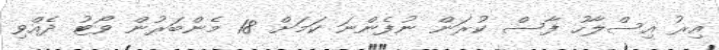
އިރު އިސްލާހު ފާސް ކުރަން ނުފެންނަ ކަމަށް 18 މެންބަރުން ވޯޓު ދެއްވި